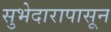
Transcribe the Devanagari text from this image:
सुभेदारापासून